Leaving Certificate Examination (including Day School Certificate (Higher) General paper), 1927
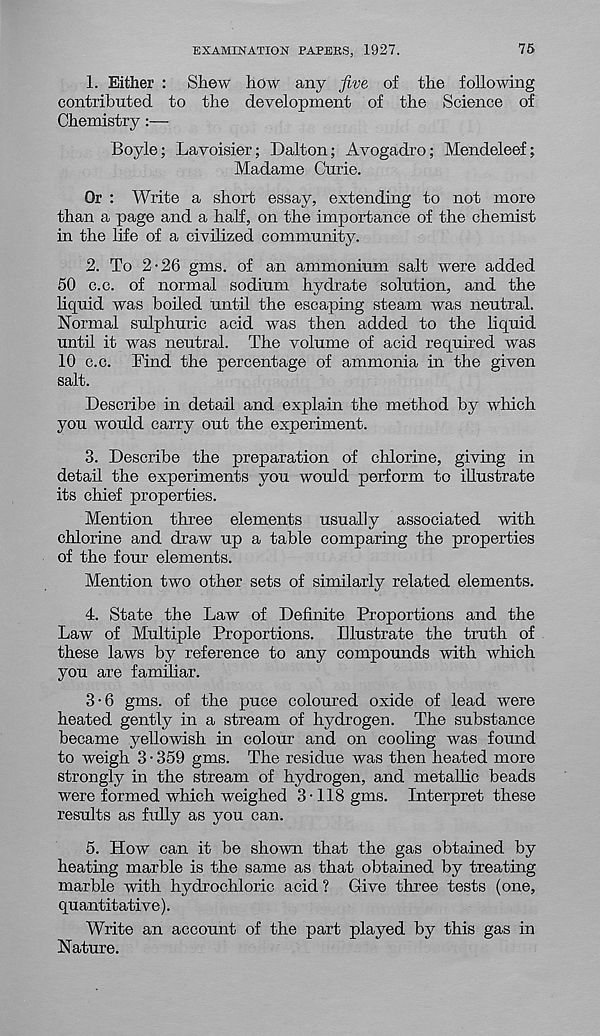
EXAMINATION PAPERS, 1927.
75
1. Either : Shew how any five of the following
contributed to the development of the Science of
Chemistry:—
Boyle; Lavoisier; Dalton; Avogadro; Mendeleef;
Madame Curie.
Or : Write a short essay, extending to not more
than a page and a half, on the importance of the chemist
in the life of a civilized community.
2. To 2-26 gms. of an ammonium salt were added
50 c.c. of normal sodium hydrate solution, and the
liquid was boiled until the escaping steam was neutral.
Normal sulphuric acid was then added to the liquid
until it was neutral. The volume of acid required was
10 c.c. Find the percentage of ammonia in the given
salt.
Describe in detail and explain the method by which
you would carry out the experiment.
3. Describe the preparation of chlorine, giving in
detail the experiments you would perform to illustrate
its chief properties.
Mention three elements usually associated with
chlorine and draw up a table comparing the properties
of the four elements.
Mention two other sets of similarly related elements.
4. State the Law of Definite Proportions and the
Law of Multiple Proportions. Illustrate the truth of
these laws by reference to any compounds with which
you are familiar.
3-6 gms. of the puce coloured oxide of lead were
heated gently in a stream of hydrogen. The substance
became yellowish in colour and on cooling was found
to weigh 3 • 359 gms. The residue was then heated more
strongly in the stream of hydrogen, and metallic beads
were formed which weighed 3-118 gms. Interpret these
results as fully as you can.
5. How can it be shown that the gas obtained by
heating marble is the same as that obtained by treating
marble with hydrochloric acid ? Give three tests (one,
quantitative).
Write an account of the part played by this gas in
Nature.